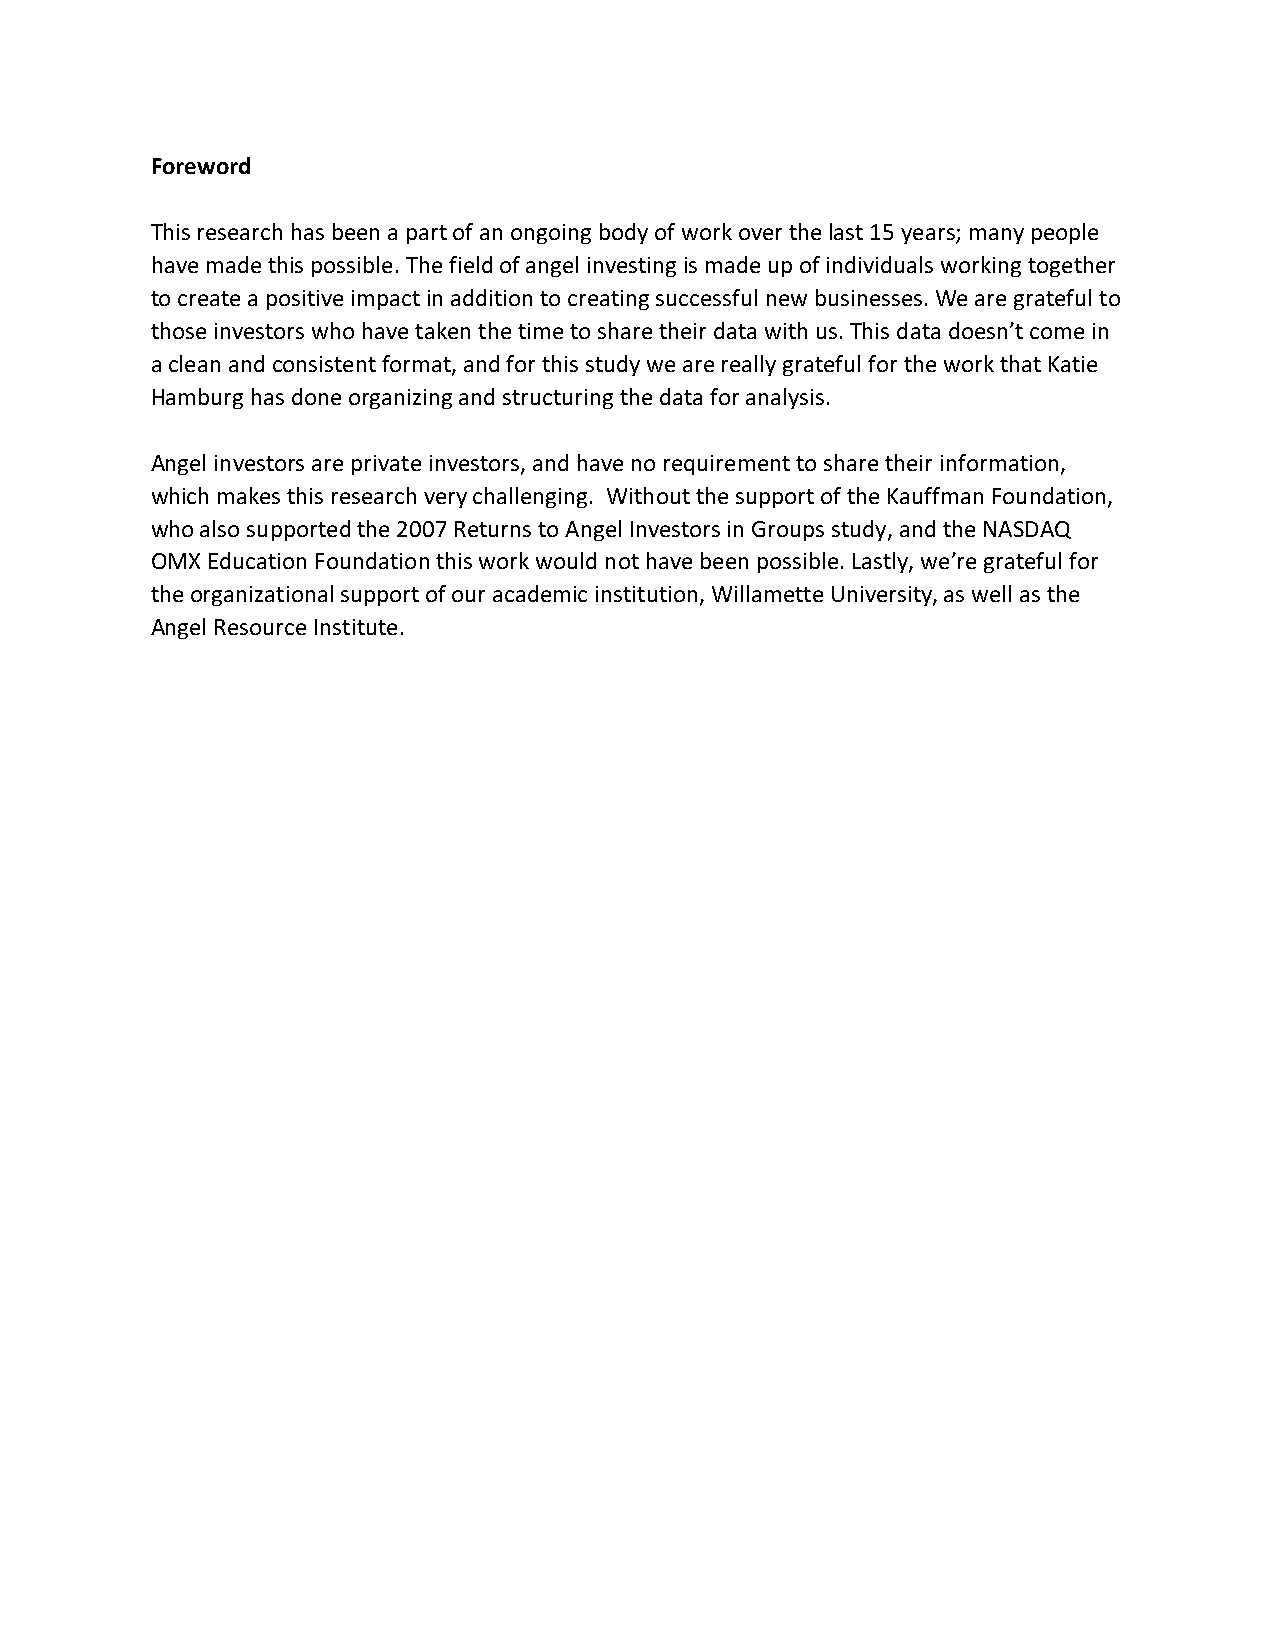
Foreword
 This research has been a part of an ongoing body of work over the last 15 years; many people
 have made this possible. The field of angel investing is made up of individuals working together
 to create a positive impact in addition to creating successful new businesses. We are grateful to
 those investors who have taken the time to share their data with us. This data doesn’t come in
 a clean and consistent format, and for this study we are really grateful for the work that Katie
 Hamburg has done organizing and structuring the data for analysis.
 Angel investors are private investors, and have no requirement to share their information,
 which makes this research very challenging. Without the support of the Kauffman Foundation,
 who also supported the 2007 Returns to Angel Investors in Groups study, and the NASDAQ
 OMX Education Foundation this work would not have been possible. Lastly, we’re grateful for
 the organizational support of our academic institution, Willamette University, as well as the
 Angel Resource Institute.